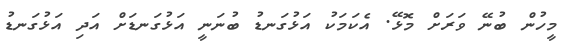
މީހުން ބުނޭ ވަރަށް މޮޅޭ. އެކަމަކު އަޅުގަނޑު ބުނަނީ އަޅުގަނޑަށް އަދި އަޅުގަނޑު